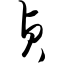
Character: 贞